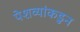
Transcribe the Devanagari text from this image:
पेशव्यांकडुन